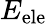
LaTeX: E_{\mathrm{ele}}